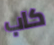
كاب